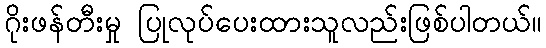
ဂိုးဖန်တီးမှု ပြုလုပ်ပေးထားသူလည်းဖြစ်ပါတယ်။